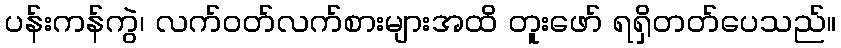
ပန်းကန်ကွဲ၊ လက်ဝတ်လက်စားများအထိ တူးဖော် ရရှိတတ်ပေသည်။